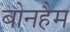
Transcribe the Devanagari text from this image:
बोनहैम